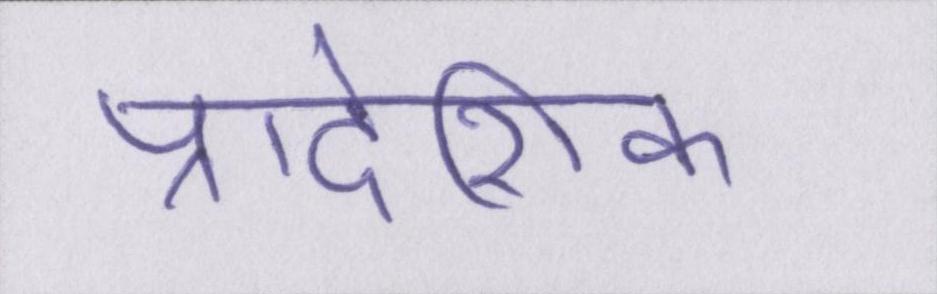
प्रादेशिक